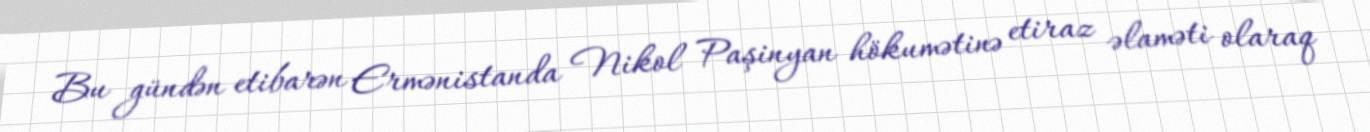
Bu gündən etibarən Ermənistanda Nikol Paşinyan hökumətinə etiraz əlaməti olaraq